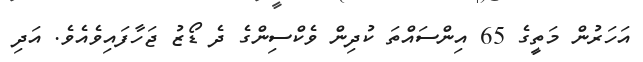
އަހަރުން މަތީގެ 65 އިންސައްތަ ކުދިން ވެކްސިންގެ ދެ ޑޯޒު ޖަހާފައިވެއެވެ. އަދި